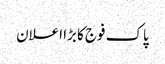
پاک فوج کا بڑا اعلان